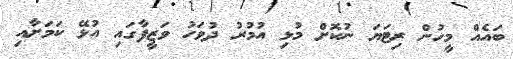
ބައެއް މީހުން ރިޓަޔަ ނުކޮށް މުޅި އުމުރު ދުވަހު ވަޒީފާގައި އުޅޭ ކަމަށާއި